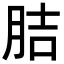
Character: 𦛋